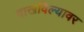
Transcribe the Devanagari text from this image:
दाखविल्यावर